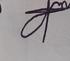
Signature authenticity: forged